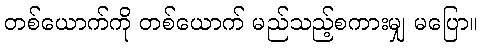
တစ်ယောက်ကို တစ်ယောက် မည်သည့်စကားမျှ မပြော။